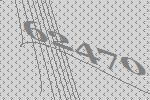
62470